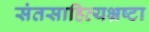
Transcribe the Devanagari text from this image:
संतसाहित्यभ्रष्टा